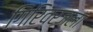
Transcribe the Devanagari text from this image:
गिरिव्रजला